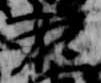
在